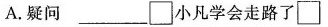
A.疑问 ___ \Box 小凡学会走路了 \Box